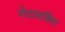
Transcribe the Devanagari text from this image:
नेटलशिप